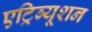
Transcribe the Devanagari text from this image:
एट्रिब्यूशन